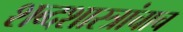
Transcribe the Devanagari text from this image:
शब्दशास्त्रांचाच